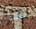
تشاز